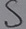
Text: S